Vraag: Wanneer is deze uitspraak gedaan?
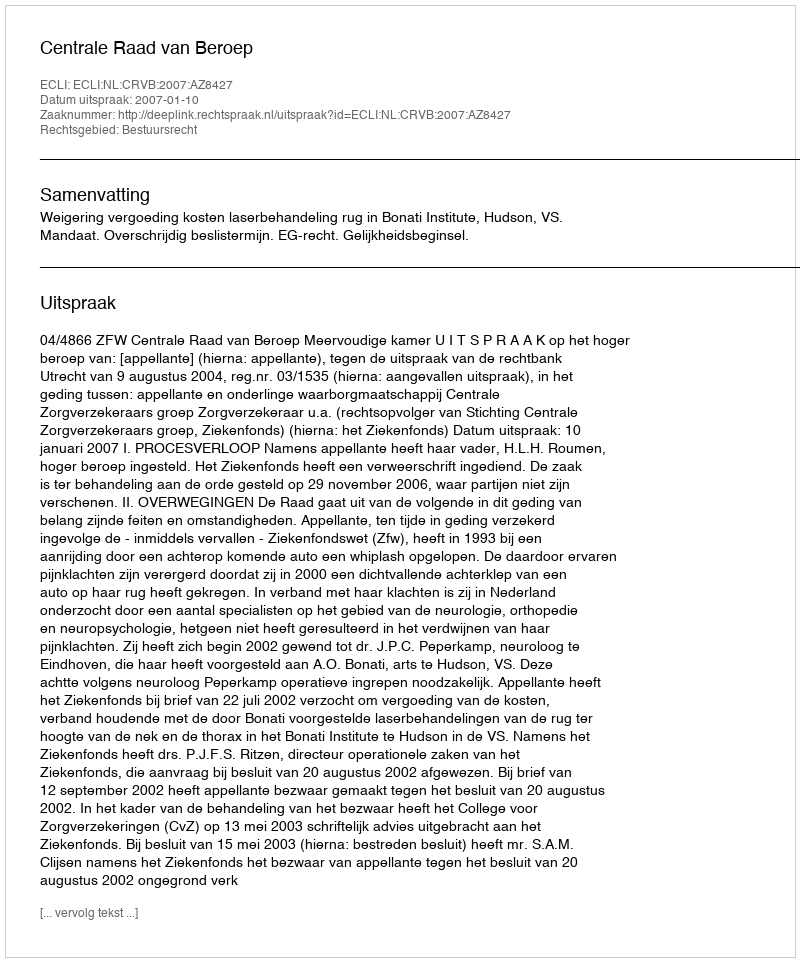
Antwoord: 2007-01-10